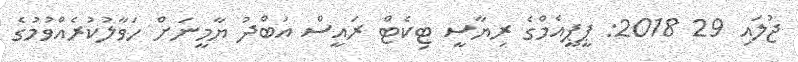
ޖުލައި 29 2018: ޕީޕީއެމްގެ ރިޔާސީ ޓިކެޓް ރައީސް އަބްދު ޔާމީނަށް ހަވާލުކުރެއްވުމުގެ